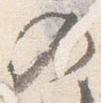
入